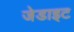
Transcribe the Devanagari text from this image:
जेडाइट